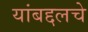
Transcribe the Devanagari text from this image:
यांबद्दलचे